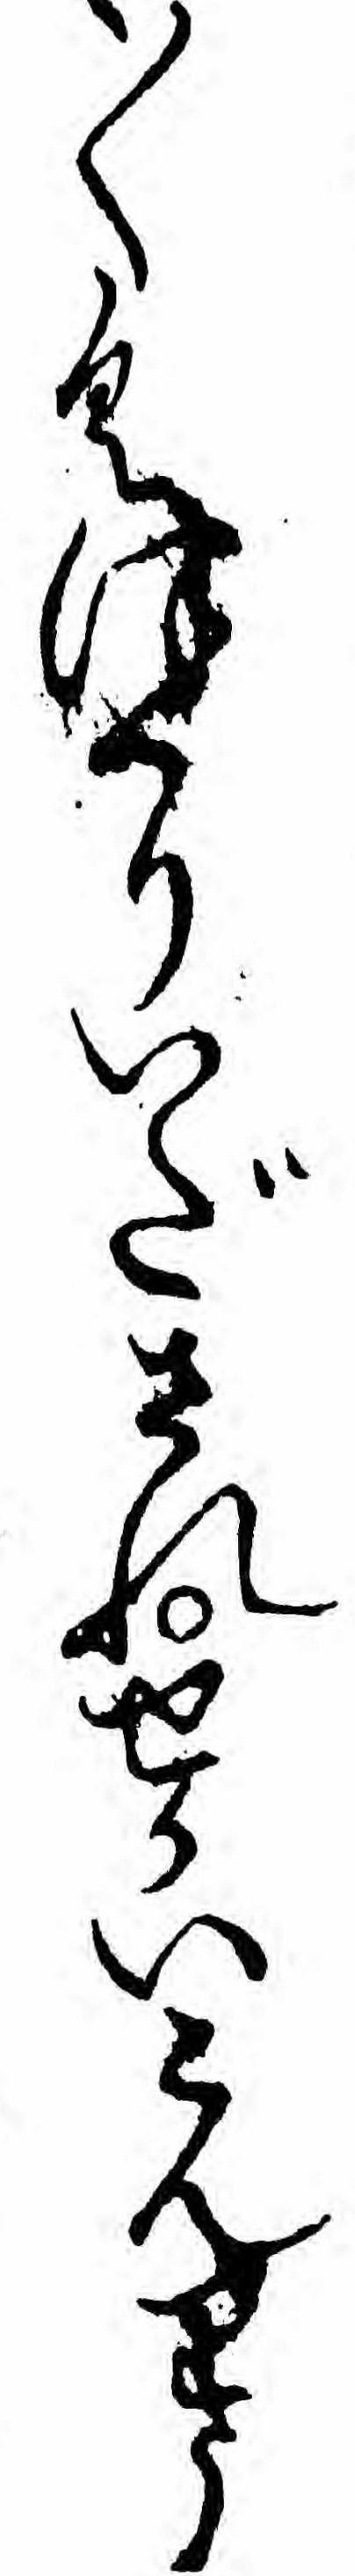
〱くつくりいだされせかいこんりう